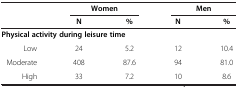
<table><thead><tr><td><b> </b></td><td colspan="2"><b>Women</b></td><td colspan="2"><b>Men</b></td></tr><tr><td><b> </b></td><td><b>N</b></td><td><b>%</b></td><td><b>N</b></td><td><b>%</b></td></tr></thead><tbody><tr><td colspan="5"><b>Physical activity during leisure time</b></td></tr><tr><td>Low</td><td>24</td><td>5.2</td><td>12</td><td>10.4</td></tr><tr><td>Moderate</td><td>408</td><td>87.6</td><td>94</td><td>81.0</td></tr><tr><td>High</td><td>33</td><td>7.2</td><td>10</td><td>8.6</td></tr></tbody></table>